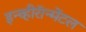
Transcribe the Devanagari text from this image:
इन्व्हीरॅान्मेंटल